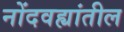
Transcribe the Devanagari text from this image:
नोंदवह्यांतील